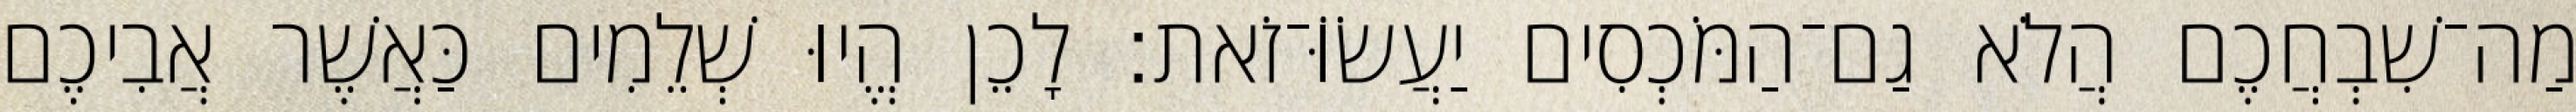
מַה־שִׁבְחֲכֶם הֲלֹא גַם־הַמֹּכְסִים יַעֲשׂוֹּ־זֹאת׃ לָכֵן הֱיוּ שְׁלֵמִים כַּאֲשֶׁר אֲבִיכֶם